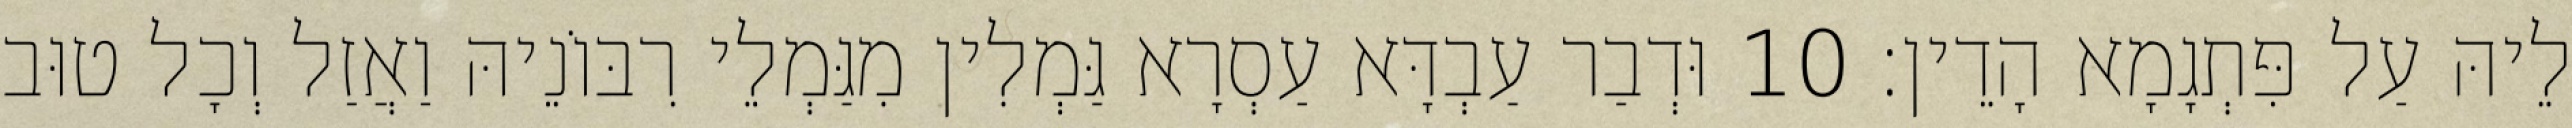
לֵיהּ עַל פִּתְגָמָא הָדֵין׃ 10 וּדְבַר עַבְדָּא עַסְרָא גַּמְלִין מִגַּמְלֵי רִבּוֹנֵיהּ וַאֲזַל וְכָל טוּב